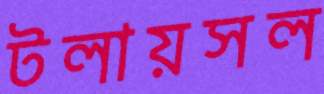
টলায়সল